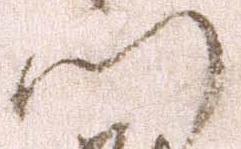
門